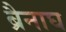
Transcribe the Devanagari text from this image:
ब्रैनाघ